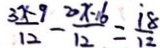
\frac { 3 x - 9 } { 1 2 } - \frac { 2 0 x - 1 6 } { 1 2 } = \frac { 1 8 } { 1 2 }